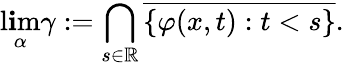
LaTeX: \operatorname*{l\mathbf{i}m}_{\alpha}\gamma:=\bigcap_{s\in\mathbb{{R}}}{\overline{{{\{ \varphi(x,t):t<s\} }}}}.